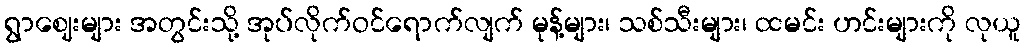
ရွာဈေးများ အတွင်းသို့ အုပ်လိုက်ဝင်ရောက်လျက် မုန့်များ၊ သစ်သီးများ၊ ထမင်း ဟင်းများကို လုယူ